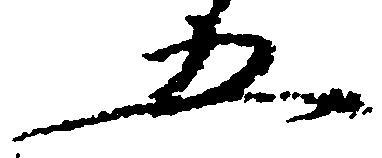
五